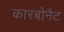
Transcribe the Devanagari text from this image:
कारबोनैट